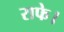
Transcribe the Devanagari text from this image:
राफे।